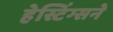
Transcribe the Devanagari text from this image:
हेस्टिंग्सने